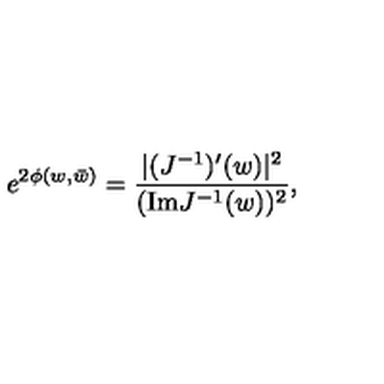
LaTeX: e ^ { 2 \phi ( w , \bar { w } ) } = { \frac { | ( J ^ { - 1 } ) ^ { \prime } ( w ) | ^ { 2 } } { ( \mathrm { I m } J ^ { - 1 } ( w ) ) ^ { 2 } } } ,